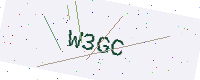
Text: W3GC